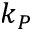
k _ { P }